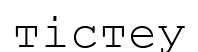
тістеу